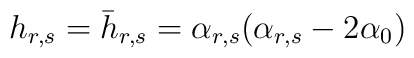
h_{r,s}=\bar{h}_{r,s}=\alpha_{r,s}(\alpha_{r,s}-2\alpha_0)